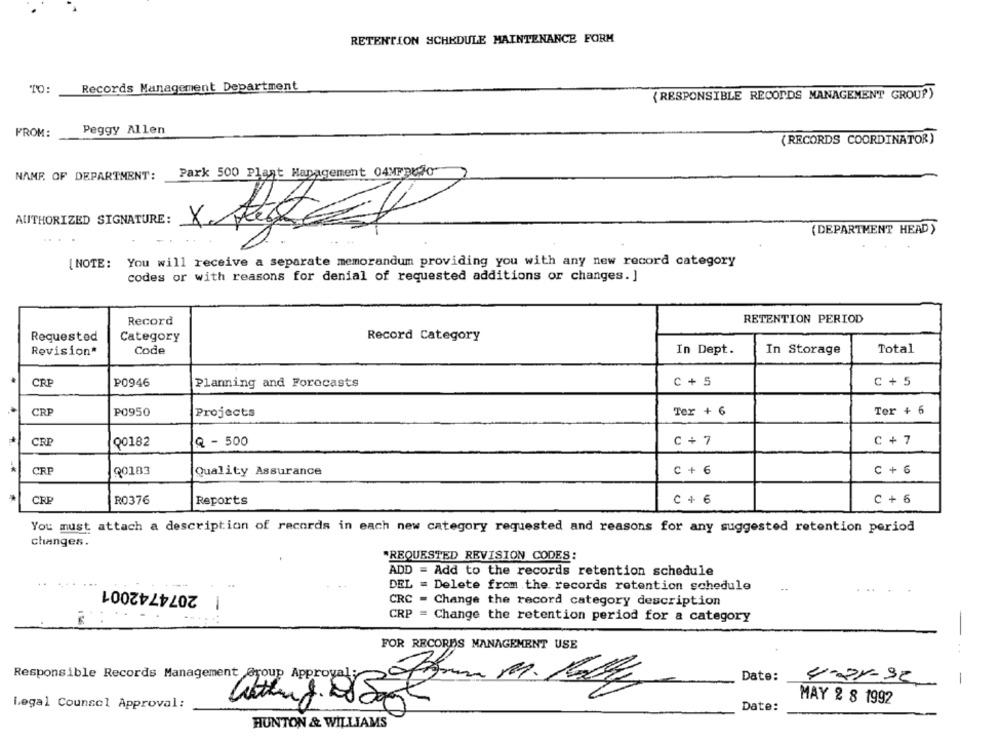
RETENTION SCHEDULE MAINTENANCE FORM
Records Management Department
(RESPONSIBLE RECORDS MANAGEMENT GROUP)
FROM:
Peggy Allen
(RECORDS COORDINATOR)
NAME OF DEPARTMENT:
Park 500 Plast Hapagement 04MFBUJo"
--
AUTHORIZED SIGNATURE:
Xx
(DEPARTMENT HEAD>
[NOTE: You will receive a separate memorandum providing you with any new record category
codes or with reasons for denial of requested additions or changes. ]
Record
RETENTION PERIOD
Requested
Category
Record Category
Total
Revision*
Code
In Dept.
In Storage
CRP
P0946
Planning and Forecasts
c + 5
C + 5
CRP
PO950
Projects
Ter + 6
Ter + 6
CRP
00182
Q - 500
C + 7
C + 7
CRP
Q0183
Quality Assurance
C + 6
C + 6
CRP
R0376
Reports
C + 6
C + 6
You must attach a description of records in each new category requested and reasons for any suggested retention period
changes.
*REQUESTED REVISION CODES:
ADD = Add to the records retention schedule
2074742001
DEL = Delete from the records retention schedule
CRC - Change the record category description
CRP = Change the retention period for a category
FOR RECORDS MANAGEMENT USE
-..
Responsible Records Management Group Approval
Date:
4-21-92
-
Legal Counsel Approval:
MAY 2 8 1992
Date:
HUNTON & WILLIAMS